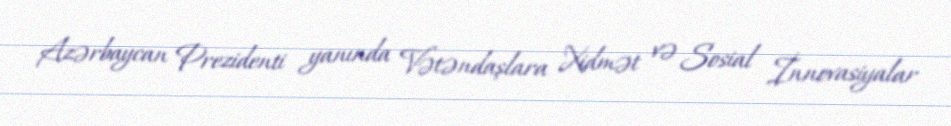
Azərbaycan Prezidenti yanında Vətəndaşlara Xidmət və Sosial İnnovasiyalar